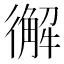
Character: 𢖆